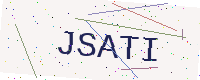
Text: JSATI